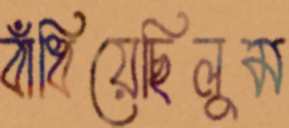
বাঁধিয়েছিলুম